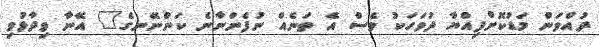
ދުއްވަން މަޑުކޮށްފިއްޔާ ދުވަހަކު ވެސް އެ ތަނެއް ނުފެންނާނެ ކަންނޭނގެ" އޭނާ ވިދާޅުވި